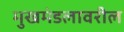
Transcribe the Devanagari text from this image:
मुखमंडलावरील